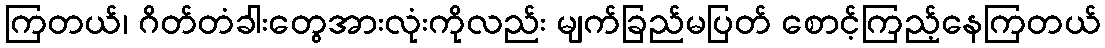
ကြတယ်၊ ဂိတ်တံခါးတွေအားလုံးကိုလည်း မျက်ခြည်မပြတ် စောင့်ကြည့်နေကြတယ်